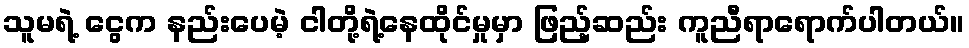
သူမရဲ့ ငွေက နည်းပေမဲ့ ငါတို့ရဲ့နေထိုင်မှုမှာ ဖြည့်ဆည်း ကူညီရာရောက်ပါတယ်။